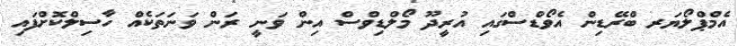
އެމްޕްލޯޔަރ ބްރޭޑިން އެވޯޑްސްގައި އުރީދޫ މޯލްޑިވްސް އިން ވަނީ ރަން ވަނަތަކެއް ހާސިލްކޮށްފައި